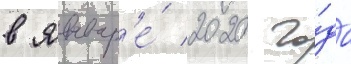
в январ'е́ 2020 го́да